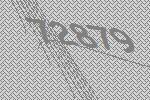
72879